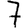
Digit: 7